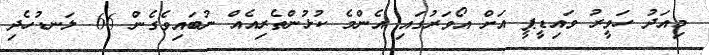
މިއަދު ހަވީރު ވައިޑީޕީ އަށް އޯވަރުގައި އެންމެ ކުޅުންތެރިއެއް ނުބަައިވެގެން 66 ލަނޑުހެދި